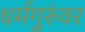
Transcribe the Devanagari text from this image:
धर्मगुरुंवर